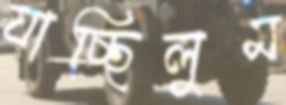
যাচ্ছিলুম